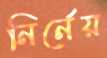
নির্নেয়